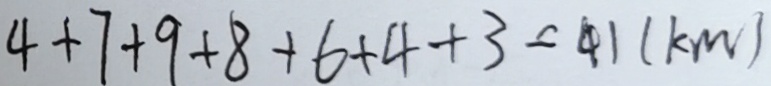
4 + 7 + 9 + 8 + 6 + 4 + 3 = 4 1 ( k m )